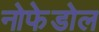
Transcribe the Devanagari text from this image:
नोफेडोल